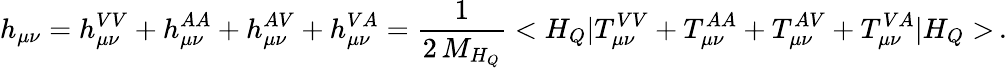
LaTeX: h_{\mu\nu}=h_{\mu\nu}^{VV}+h_{\mu\nu}^{AA}+h_{\mu\nu}^{AV}+h_{\mu\nu}^{VA}={\frac{1}{2\, M_{H_{Q}}}}<H_{Q}|T_{\mu\nu}^{VV}+T_{\mu\nu}^{AA}+T_{\mu\nu}^{AV}+T_{\mu\nu}^{VA}|H_{Q}>\, .